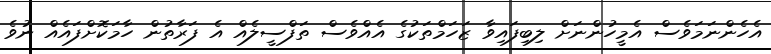
އެހެންނަމަވެސް އެމީހުންނަށް ލިބިފައިވާ ޒަހަމްތަކުގެ އެއްވެސް ތަފްސީލެއް އެ ފަރާތުން ހާމަކޮށްފައެއް ނުވެ